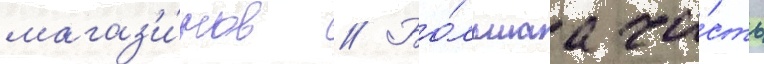
магаз'и́нов // Бо́льшаа ча́сть